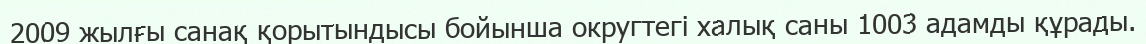
2009 жылғы санақ қорытындысы бойынша округтегі халық саны 1003 адамды құрады.